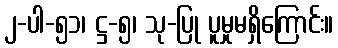
၂-ပါ-၅၁၊ ဋ္ဌ-၅၊ သု-ပြု ပူမှုမရှိကြောင်း။